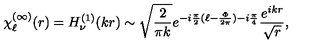
\chi _ { \ell } ^ { ( \infty ) } ( r ) = H _ { \nu } ^ { ( 1 ) } ( k r ) \sim \sqrt { \frac { 2 } { \pi k } } e ^ { - i \frac { \pi } { 2 } ( \ell - \frac { \Phi } { 2 \pi } ) - i \frac { \pi } { 4 } } \frac { e ^ { i k r } } { \sqrt { r } } ,